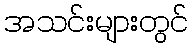
အသင်းများတွင်